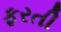
ફરતી